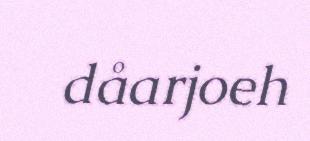
dåarjoeh